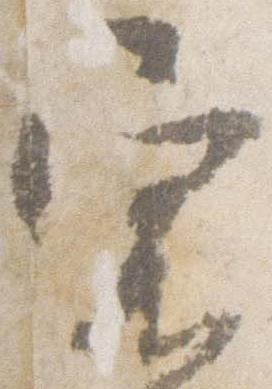
宿